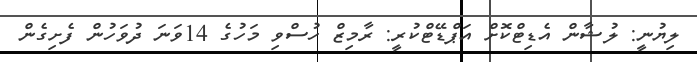
ލިޔުނީ: ލުޝާން އެޑިޓްކޮށް އަޕްޑޭޓްކުރީ: ރާމިޒް ހުސްވި މަހުގެ 14ވަނަ ދުވަހުން ފެށިގެން